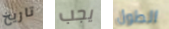
تاريخ يجب الطول